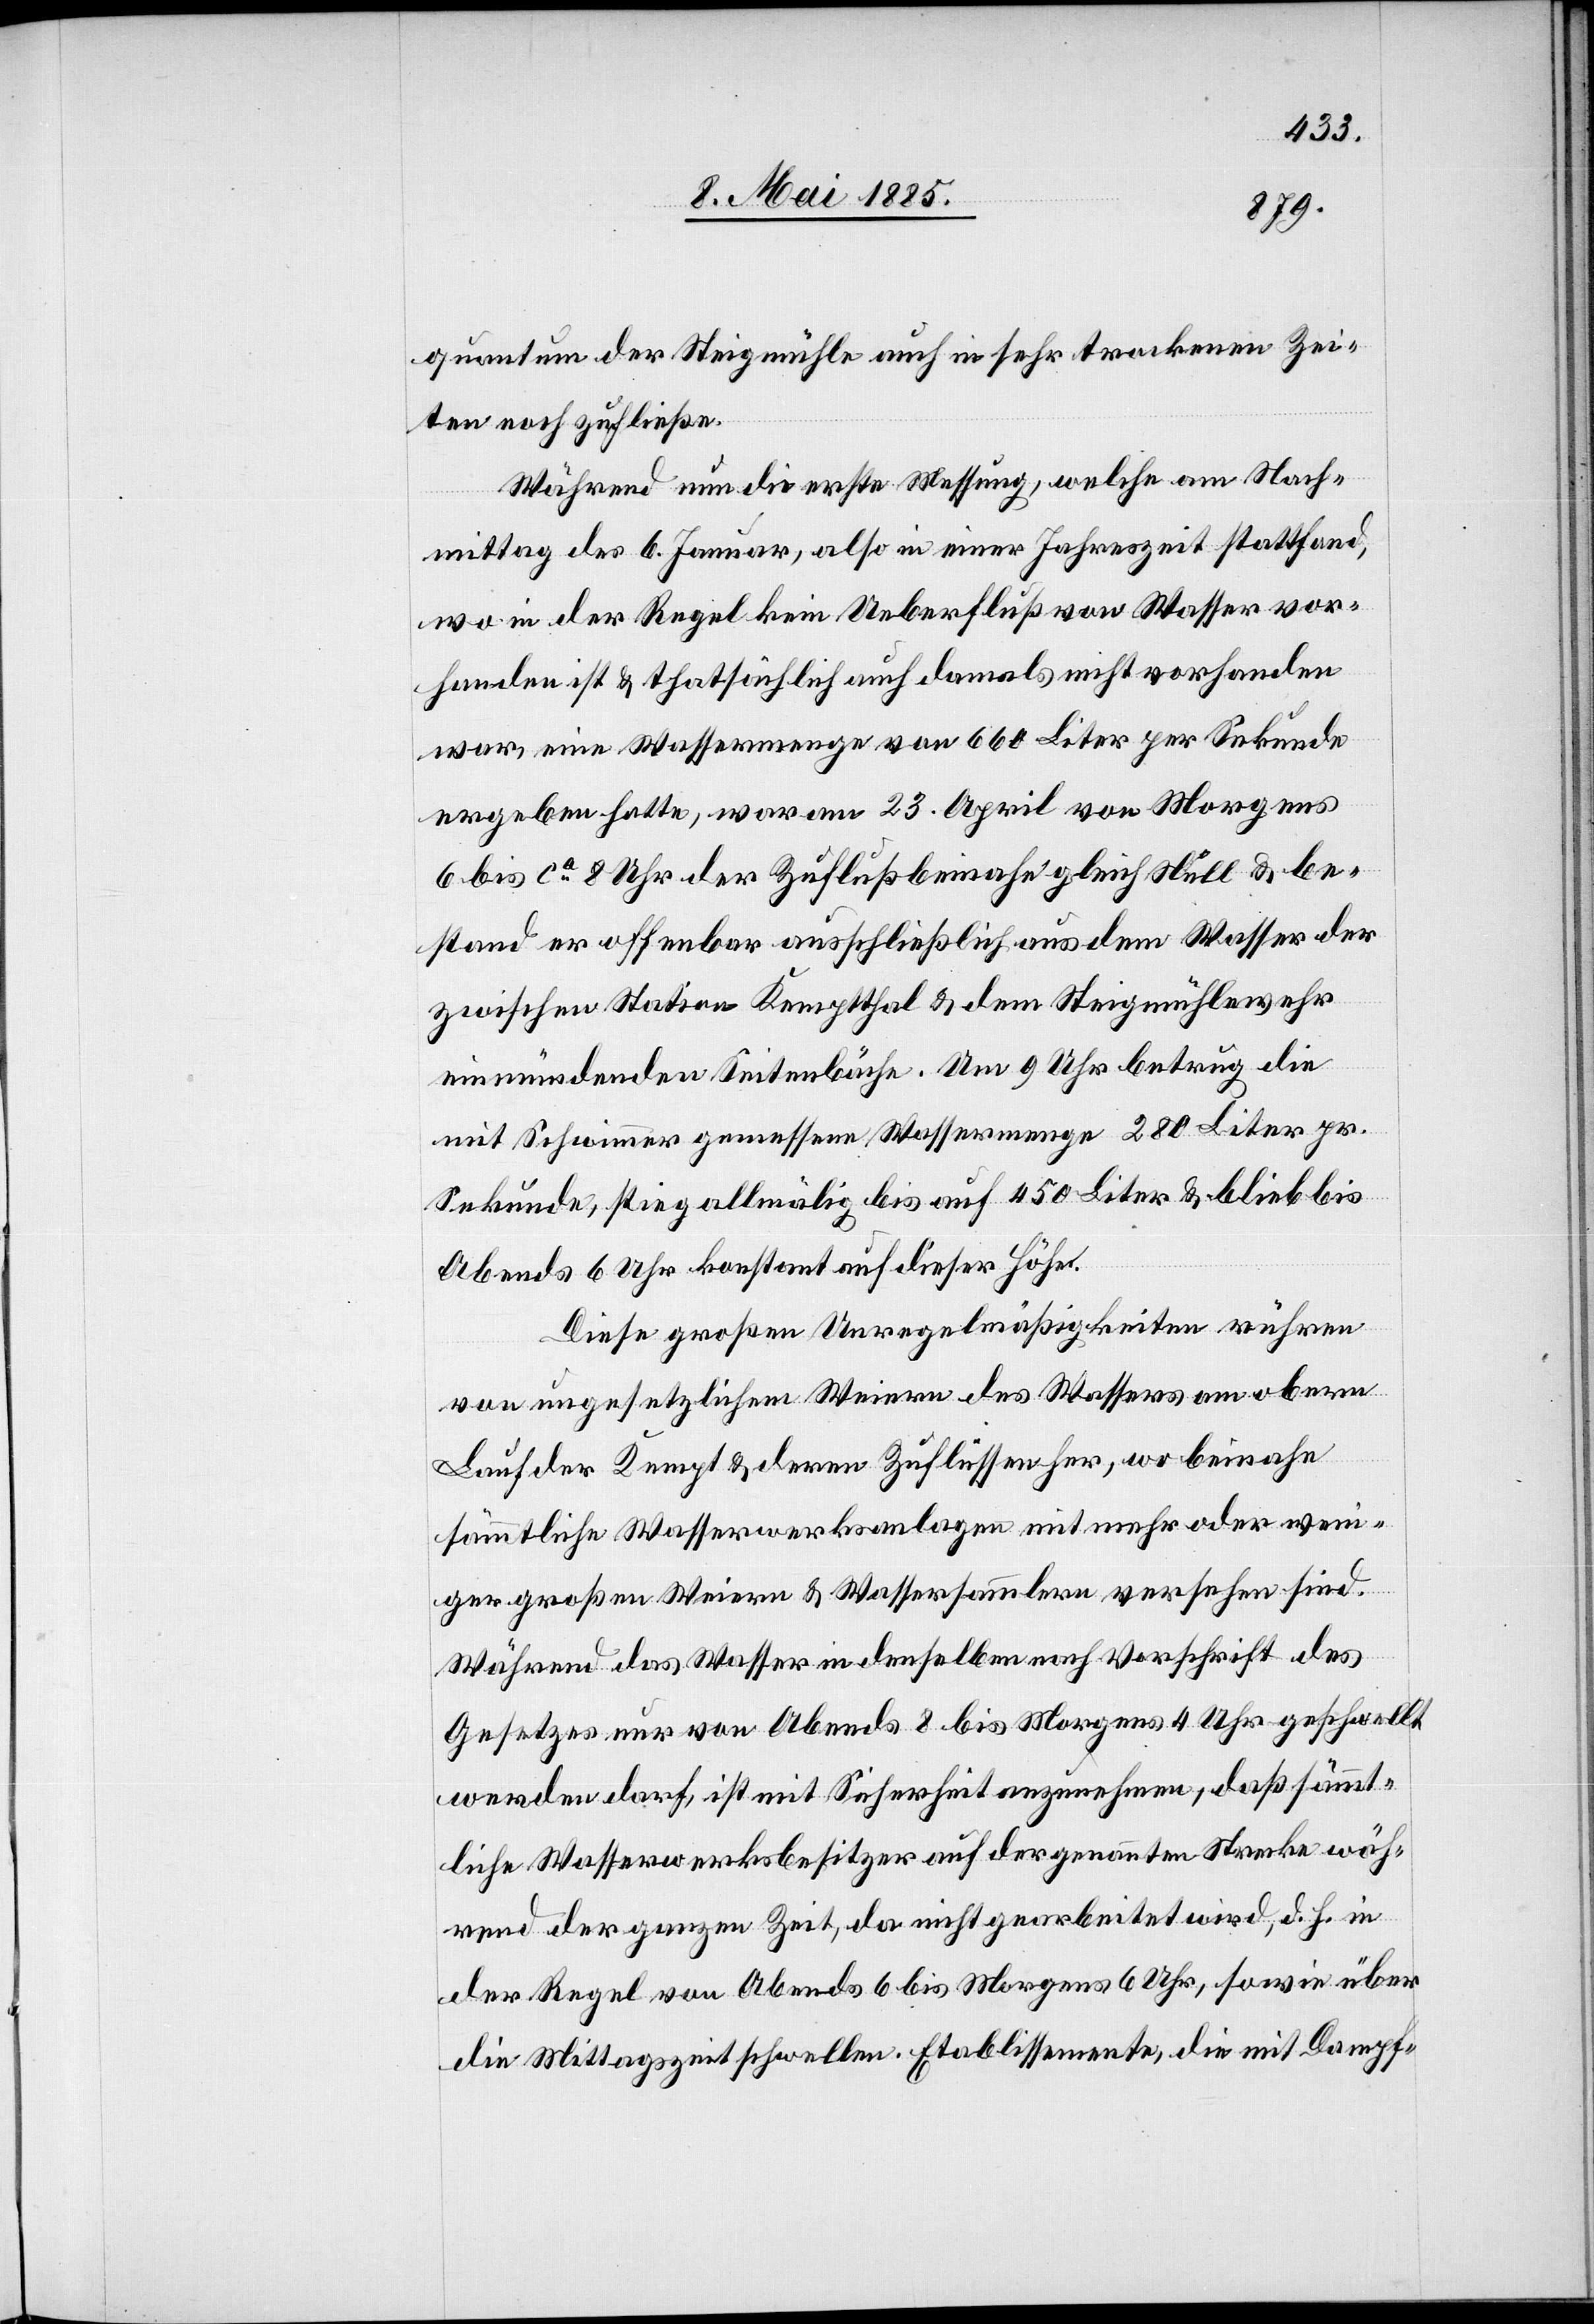
quantum der Steigmühle auch in sehr trockenen Zei¬
ten noch zufließe.
Während nun die erste Messung, welche am Nach¬
mittag des 6. Januar, also einer Jahreszeit stattfand,
wo in der Regel kein Ueberfluß von Wasser vor¬
handen ist & thatsächlich auch damals nicht vorhanden
war, eine Wassermenge von 660 Liter per Sekunde
ergeben hatte, war am 23. April von Morgens
6 bis ca 8 Uhr der Zufluß beinahe gleich Null & be¬
stand er offenbar ausschließlich aus dem Wasser der
zwischen Station Kemptthal & dem Steigmühlewehr
einmündenden Seitenbäche. Um 9 Uhr betrug die
mit Schwimmer gemessene Wassermenge 280 Liter pr.
Sekunde, stieg allmälig bis auf 50 Liter & blieb bis
Abends 6 Uhr konstant auf dieser Höhe.
Diese großen Unregelmäßigkeiten rühren
von ungesetzlichen {-m?} Weiern des Wassers am obern
Lauf der Kempt & deren Zuflüssen her, wo beinahe
sämmtliche Wasserwerksanlagen mit mehr oder weni¬
ger großen Weiern & Wassersammlern versehen sind.
Während das Wasser in denselben nach Vorschrift des
Gesetzes nur von Abends 8 bis Morgens 4 Uhr geschwellt
werden darf, ist mit Sicherheit anzunehmen, daß sämmt¬
liche Wasserwerksbesitzer auf der genannten Strecke wäh¬
rend der ganzen Zeit, da nicht gearbeitet wird, d. h. in
der Regel von Abends 6 bis Morgens 6 Uhr, sowie über
die Mittagszeit schwellen. Etablissemente, die mit Dampf-